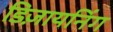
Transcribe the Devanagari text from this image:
डिज़ायनिंग